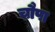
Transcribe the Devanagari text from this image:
चौपा